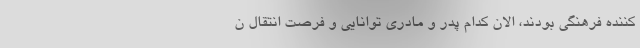
کننده فرهنگی بودند، الان کدام پدر و مادری توانایی و فرصت انتقال ن